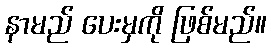
နာမည် ပေးမှကို ဖြစ်မည်။